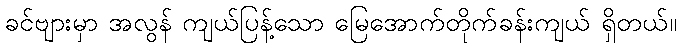
ခင်ဗျားမှာ အလွန် ကျယ်ပြန့်သော မြေအောက်တိုက်ခန်းကျယ် ရှိတယ်။